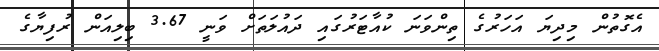
އެގޮތުން މިދިޔަ އަހަރުގެ ތިންވަނަ ކުއާޓަރުގައި ދައުލަތަށް ވަނީ 3.67 ބިލިއަން ރުފިޔާގެ